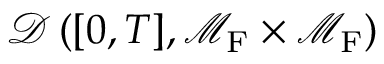
\mathcal { D } \left( [ 0 , T ] , \mathcal { M } _ { \mathrm { F } } \times \mathcal { M } _ { \mathrm { F } } \right)